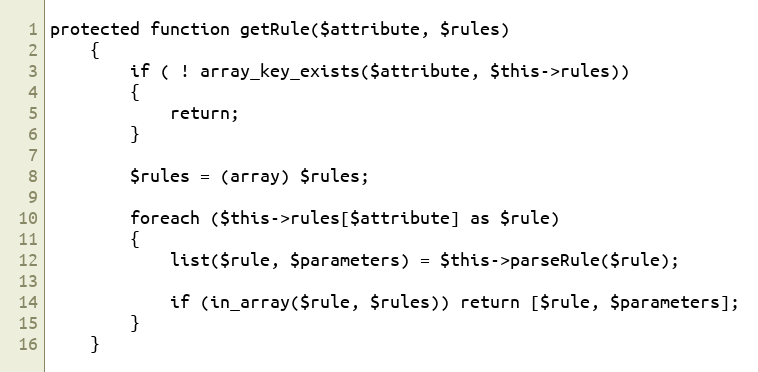
Language: PHP
protected function getRule($attribute, $rules)
	{
		if ( ! array_key_exists($attribute, $this->rules))
		{
			return;
		}

		$rules = (array) $rules;

		foreach ($this->rules[$attribute] as $rule)
		{
			list($rule, $parameters) = $this->parseRule($rule);

			if (in_array($rule, $rules)) return [$rule, $parameters];
		}
	}